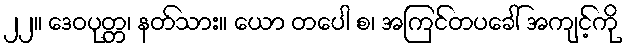
၂၂။ ဒေဝပုတ္တ၊ နတ်သား။ ယော တပေါ စ၊ အကြင်တပခေါ် အကျင့်ကို